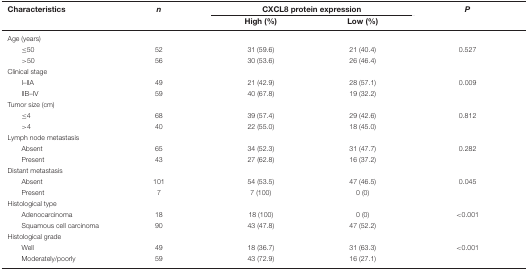
<table><thead><tr><td><b>Characteristics</b></td><td><b><i>n</i></b></td><td colspan="2"><b>CXCL8 protein expression</b></td><td><b><i>P</i></b></td></tr><tr><td></td><td></td><td><b>High (%)</b></td><td><b>Low (%)</b></td><td></td></tr></thead><tbody><tr><td>Age (years)</td><td></td><td></td><td></td><td></td></tr><tr><td>≤50</td><td>52</td><td>31 (59.6)</td><td>21 (40.4)</td><td>0.527</td></tr><tr><td>&gt;50</td><td>56</td><td>30 (53.6)</td><td>26 (46.4)</td><td></td></tr><tr><td>Clinical stage</td><td></td><td></td><td></td><td></td></tr><tr><td>I–IIA</td><td>49</td><td>21 (42.9)</td><td>28 (57.1)</td><td>0.009</td></tr><tr><td>IIB–IV</td><td>59</td><td>40 (67.8)</td><td>19 (32.2)</td><td></td></tr><tr><td>Tumor size (cm)</td><td></td><td></td><td></td><td></td></tr><tr><td>≤4</td><td>68</td><td>39 (57.4)</td><td>29 (42.6)</td><td>0.812</td></tr><tr><td>&gt;4</td><td>40</td><td>22 (55.0)</td><td>18 (45.0)</td><td></td></tr><tr><td>Lymph node metastasis</td><td></td><td></td><td></td><td></td></tr><tr><td>Absent</td><td>65</td><td>34 (52.3)</td><td>31 (47.7)</td><td>0.282</td></tr><tr><td>Present</td><td>43</td><td>27 (62.8)</td><td>16 (37.2)</td><td></td></tr><tr><td>Distant metastasis</td><td></td><td></td><td></td><td></td></tr><tr><td>Absent</td><td>101</td><td>54 (53.5)</td><td>47 (46.5)</td><td>0.045</td></tr><tr><td>Present</td><td>7</td><td>7 (100)</td><td>0 (0)</td><td></td></tr><tr><td>Histological type</td><td></td><td></td><td></td><td></td></tr><tr><td>Adenocarcinoma</td><td>18</td><td>18 (100)</td><td>0 (0)</td><td>&lt;0.001</td></tr><tr><td>Squamous cell carcinoma</td><td>90</td><td>43 (47.8)</td><td>47 (52.2)</td><td></td></tr><tr><td>Histological grade</td><td></td><td></td><td></td><td></td></tr><tr><td>Well</td><td>49</td><td>18 (36.7)</td><td>31 (63.3)</td><td>&lt;0.001</td></tr><tr><td>Moderately/poorly</td><td>59</td><td>43 (72.9)</td><td>16 (27.1)</td><td></td></tr></tbody></table>